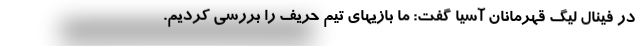
در فینال لیگ قهرمانان آسیا گفت: ما بازیهای تیم حریف را بررسی کردیم.